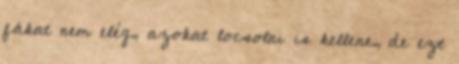
fákat nem elég, azokat locsolni is kellene, de ezt